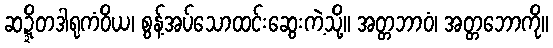
ဆဍ္ဍိတဒါရုကံဝိယ၊ စွန့်အပ်သောထင်းဆွေးကဲ့သို့။ အတ္တဘာဝံ၊ အတ္တဘောကို။